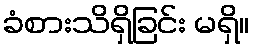
ခံစားသိရှိခြင်း မရှိ။